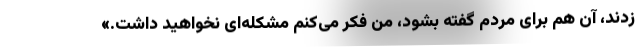
زدند، آن هم برای مردم گفته بشود، من فکر می‌کنم مشکله‌ای نخواهید داشت.»